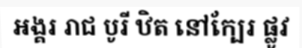
អង្គរ រាជ បូរី ឋិត នៅក្បែរ ផ្លូវ